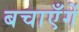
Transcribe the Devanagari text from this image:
बचाएँगें